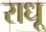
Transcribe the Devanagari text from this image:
राधू